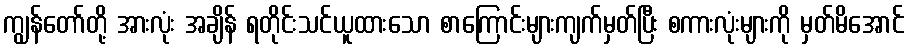
ကျွန်တော်တို့ အားလုံး အချိန် ရတိုင်းသင်ယူထားသော စာကြောင်းများကျက်မှတ်ပြီး စကားလုံးများကို မှတ်မိအောင်